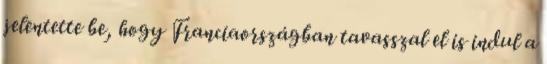
jelentette be, hogy Franciaországban tavasszal el is indul a